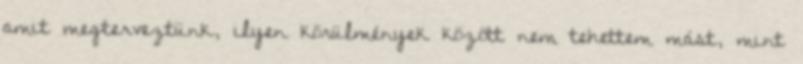
amit megterveztünk, ilyen körülmények között nem tehettem mást, mint